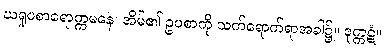
ဃရူပစာရောက္ကမနေ၊ အိမ်၏ ဥပစာကို သက်ရောက်ရာအခါ၌။ ဒုက္ကဋံ။